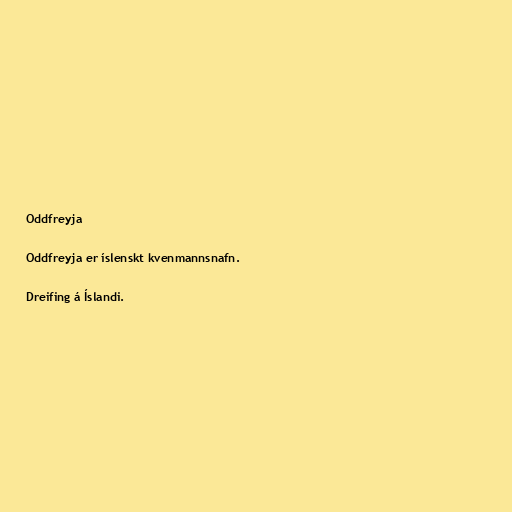
Oddfreyja

Oddfreyja er íslenskt kvenmannsnafn.

Dreifing á Íslandi.